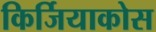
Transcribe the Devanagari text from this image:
किर्जियाकोस